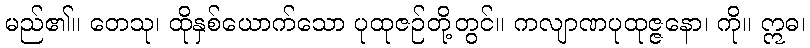
မည်၏။ တေသု၊ ထိုနှစ်ယောက်သော ပုထုဇဉ်တို့တွင်။ ကလျာဏပုထုဇ္ဇနော၊ ကို။ ဣဓ၊